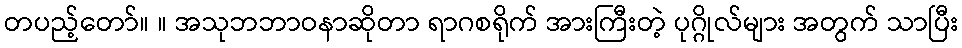
တပည့်တော်။ ။ အသုဘဘာဝနာဆိုတာ ရာဂစရိုက် အားကြီးတဲ့ ပုဂ္ဂိုလ်များ အတွက် သာပြီး